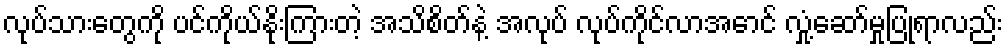
လုပ်သားတွေကို ပင်ကိုယ်နိုးကြားတဲ့ အသိစိတ်နဲ့ အလုပ် လုပ်ကိုင်လာအောင် လှုံ့ဆော်မှုပြုရာလည်း